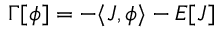
\Gamma [ \phi ] = - \langle J , \phi \rangle - E [ J ]